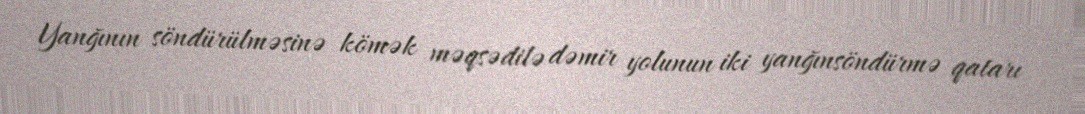
Yanğının söndürülməsinə kömək məqsədilə dəmir yolunun iki yanğınsöndürmə qatarı